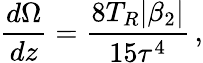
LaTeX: \frac{d\Omega}{dz}=\frac{8T_{R}|\beta_{2}|}{15\tau^{4}}\, ,